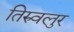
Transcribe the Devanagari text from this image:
तिरुवलुर